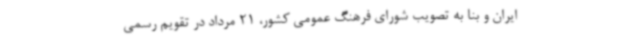
ایران و بنا به تصویب شورای فرهنگ عمومی کشور، 21 مرداد در تقویم رسمی